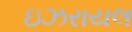
ઇઝરાયલ